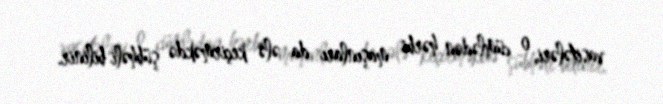
vasitələri, o cümlədən hərbi maşınları da ələ keçirməkdə şübhəli bilinir.